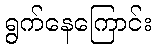
ရွက်နေကြောင်း